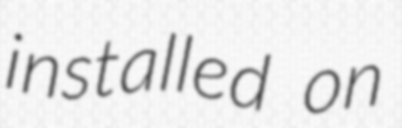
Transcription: installed on